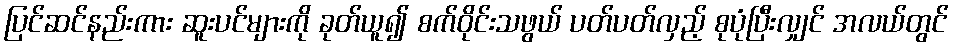
ပြင်ဆင်နည်းကား ဆူးပင်များကို ခုတ်ယူ၍ စက်ဝိုင်းသဖွယ် ပတ်ပတ်လှည့် စုပုံပြီးလျှင် အလယ်တွင်